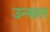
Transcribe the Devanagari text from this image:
उन्याल